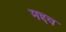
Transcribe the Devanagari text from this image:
मद्दव